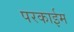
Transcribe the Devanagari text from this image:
परकाईम